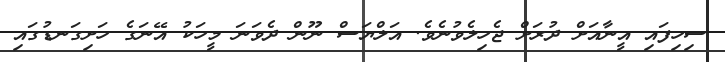
ސިހިފައި އީނާއަށް ދުރަށް ޖެހިލެވުނެވެ. އަލްޔަސް ނޫން ދެވަނަ މީހަކު އޭނަގެ ހަށިގަނޑުގައި